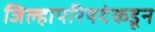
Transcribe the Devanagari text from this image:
जिल्हापरिषदेकडून